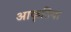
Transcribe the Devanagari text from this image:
आकृतिया